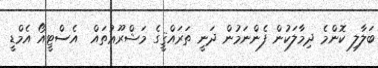
ބަލާލި ކޮންމެ ދިމާލަކުން ފެންނަމުން ދަނީ ތަރައްޤީގެ މަޝްރޫޢުތައް  އެސްޓީއޯ އެމްޑީ